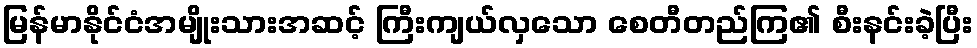
မြန်မာနိုင်ငံအမျိုးသားအဆင့် ကြီးကျယ်လှသော စေတီတည်ကြ၏ စီးနင်းခဲ့ပြီး